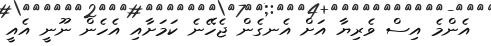
އެންމެ އިސް ވެރިޔާ އަށް އެނގެން ޖެހޭނެ ކަމަށާއި އެހެން ނޫނީ އެއީ